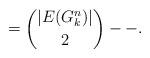
LaTeX: \begin{align*} &= \binom{ |E(G^n_k)|}{2} - - .\end{align*}